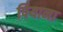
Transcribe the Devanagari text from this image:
पियाना